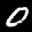
Label: 0